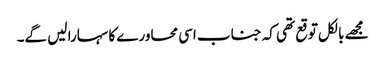
مجھے بالکل توقع تھی کہ جناب اسی محاورے کا سہارا لیں گے۔